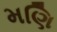
મણિ